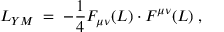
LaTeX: { \cal L } _ { Y M } \; = \; - \frac { 1 } { 4 } F _ { \mu \nu } ( L ) \cdot F ^ { \mu \nu } ( L ) \; ,